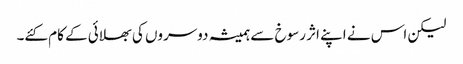
لیکن اس نے اپنے اثر رسوخ سے ہمیشہ دوسروں کی بھلائی کے کام کئے۔